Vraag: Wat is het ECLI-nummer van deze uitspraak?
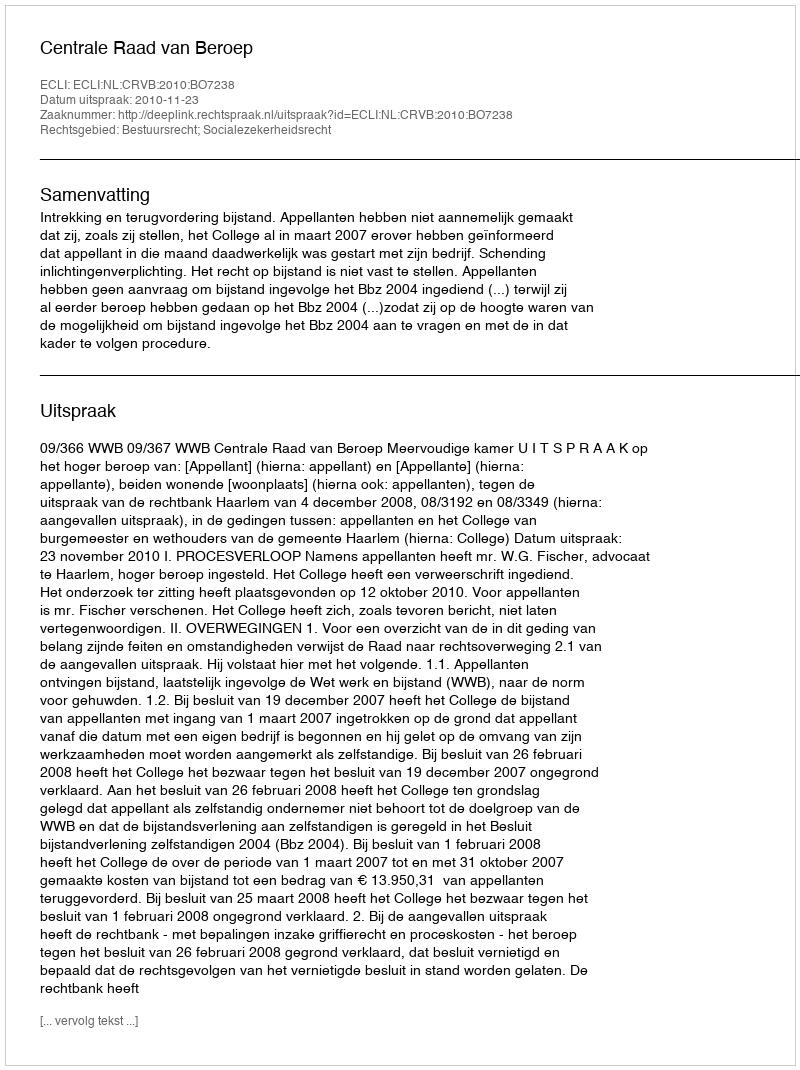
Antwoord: ECLI:NL:CRVB:2010:BO7238